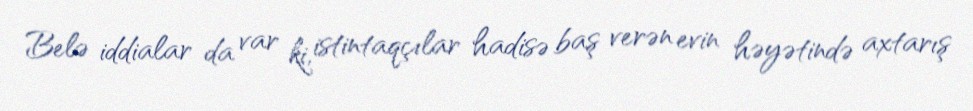
Belə iddialar da var ki, istintaqçılar hadisə baş verən evin həyətində axtarış